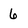
Character: 6